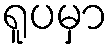
ရူပမှာ